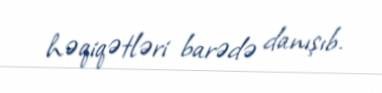
həqiqətləri barədə danışıb.